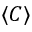
\langle C \rangle